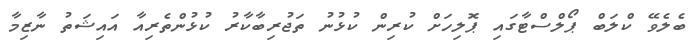
ބެލެވޭ ކްލަބް ޕޯލްސްޓާގައި ޕޮލިހަށް ކުރިން ކުޅުނު ތަޖުރިބާކާރު ކުޅުންތެރިއާ އައިޝަތު ނާޒިމާ